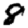
Digit: 8